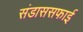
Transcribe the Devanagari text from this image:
संडाससफाई